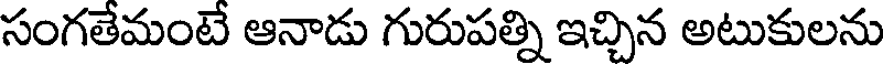
సంగతేమంటే ఆనాడు గురుపత్ని ఇచ్చిన అటుకులను